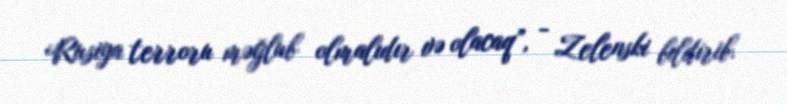
Rusiya terroru məğlub olmalıdır və olacaq”, - Zelenski bildirib.